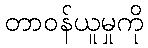
တာဝန်ယူမှုကို